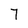
Character: 7